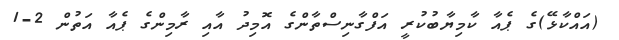
(އައްކާޅޭ)ގެ ޕެއާ ކާމިޔާބުކުރީ އަފްގާނިސްތާންގެ އޮމިދު އާއި ރާމިންގެ ޕެއާ އަތުން 2-1